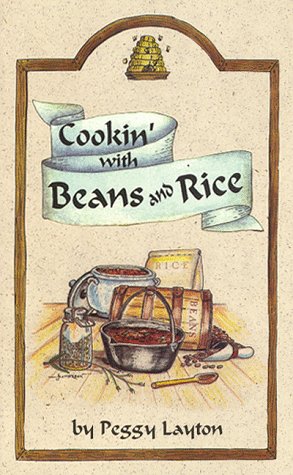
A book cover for Cookin' With Beans and Rice; Peggy Layton; Cookbooks, Food & Wine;